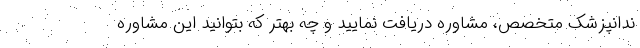
ندانپزشک متخصص، مشاوره دریافت نمایید و چه بهتر که بتوانید این مشاوره